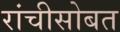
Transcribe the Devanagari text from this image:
रांचीसोबत